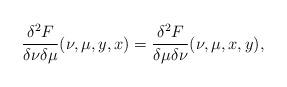
LaTeX: \begin{align*} \frac{\delta^2 F}{\delta \nu \delta \mu} (\nu, \mu, y, x) = \frac{\delta^2 F}{\delta \mu \delta \nu} (\nu, \mu, x, y), \end{align*}